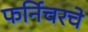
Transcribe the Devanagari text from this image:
फर्निचरचे